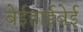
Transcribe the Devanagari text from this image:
बेईहाईवेई